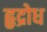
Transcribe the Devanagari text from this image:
हृद्रोध